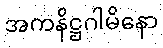
အကနိဋ္ဌဂါမိနော